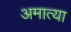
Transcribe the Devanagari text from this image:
अमात्या